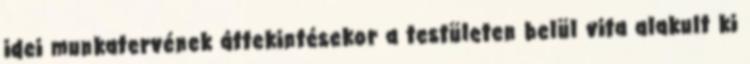
idei munkatervének áttekintésekor a testületen belül vita alakult ki